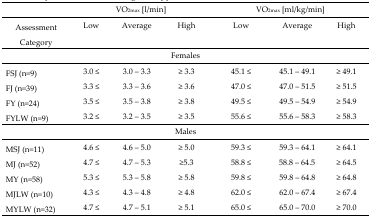
|  | <COLSPAN=3> VO2max [l/min] | <COLSPAN=3> VO2max [ml/kg/min] |
 | AssessmentCategory | Low | Average | High | Low | Average | High |
 | --- | --- | --- | --- | --- | --- | --- |
 | <COLSPAN=7> Females |
 | FSJ (n=9) | 3.0 ≤ | 3.0 – 3.3 | ≥ 3.3 | 45.1 ≤ | 45.1 – 49.1 | ≥ 49.1 |
 | FJ (n=39) | 3.3 ≤ | 3.3 – 3.6 | ≥ 3.6 | 47.0 ≤ | 47.0 – 51.5 | ≥ 51.5 |
 | FY (n=24) | 3.5 ≤ | 3.5 – 3.8 | ≥ 3.8 | 49.5 ≤ | 49.5 – 54.9 | ≥ 54.9 |
 | FYLW (n=9) | 3.2 ≤ | 3.2 – 3.5 | ≥ 3.5 | 55.6 ≤ | 55.6 – 58.3 | ≥ 58.3 |
 | <COLSPAN=7> Males |
 | MSJ (n=11) | 4.6 ≤ | 4.6 – 5.0 | ≥ 5.0 | 59.3 ≤ | 59.3 – 64.1 | ≥ 64.1 |
 | MJ (n=52) | 4.7 ≤ | 4.7 – 5.3 | ≥5.3 | 58.8 ≤ | 58.8 – 64.5 | ≥ 64.5 |
 | MY (n=58) | 5.3 ≤ | 5.3 – 5.8 | ≥ 5.8 | 59.8 ≤ | 59.8 – 64.8 | ≥ 64.8 |
 | MJLW (n=10) | 4.3 ≤ | 4.3 – 4.8 | ≥ 4.8 | 62.0 ≤ | 62.0 – 67.4 | ≥ 67.4 |
 | MYLW (n=32) | 4.7 ≤ | 4.7 – 5.1 | ≥ 5.1 | 65.0 ≤ | 65.0 – 70.0 | ≥ 70.0 |